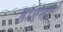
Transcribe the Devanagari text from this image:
हाएमा